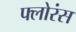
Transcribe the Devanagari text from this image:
फ्लोरंस